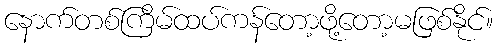
နောက်တစ်ကြိမ်ထပ်ကန်တော့ဖို့တော့မဖြစ်နိုင်။